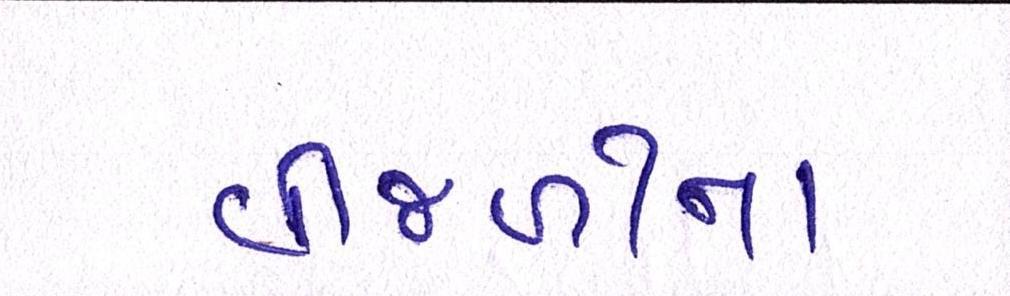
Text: વીજળીના